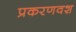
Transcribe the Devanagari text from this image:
प्रकरणवश